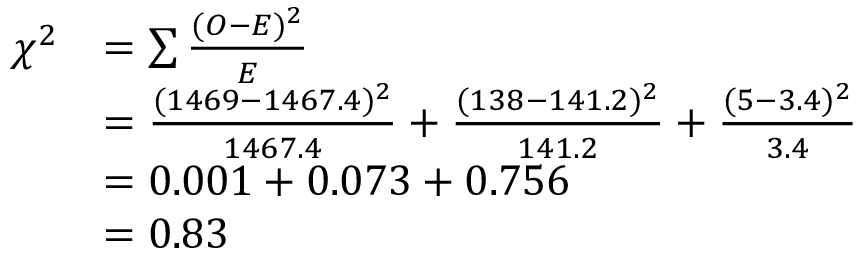
{ \begin{array} { r l } { \chi ^ { 2 } } & { = \sum { \frac { ( O - E ) ^ { 2 } } { E } } } \\ & { = { \frac { ( 1 4 6 9 - 1 4 6 7 . 4 ) ^ { 2 } } { 1 4 6 7 . 4 } } + { \frac { ( 1 3 8 - 1 4 1 . 2 ) ^ { 2 } } { 1 4 1 . 2 } } + { \frac { ( 5 - 3 . 4 ) ^ { 2 } } { 3 . 4 } } } \\ & { = 0 . 0 0 1 + 0 . 0 7 3 + 0 . 7 5 6 } \\ & { = 0 . 8 3 } \end{array} }